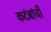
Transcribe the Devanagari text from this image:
कदंबांची